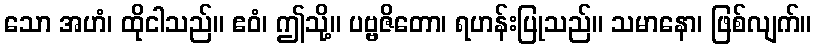
သော အဟံ၊ ထိုငါသည်။ ဧဝံ၊ ဤသို့။ ပဗ္ဗဇိတော၊ ရဟန်းပြုသည်။ သမာနော၊ ဖြစ်လျက်။